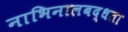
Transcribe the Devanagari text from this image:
नाभिनालबद्धता